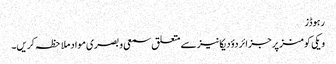
رہوڈز
ویکی کومنز پر جزائر دؤدیکانیز سے متعلق سمعی و بصری مواد ملاحظہ کریں۔